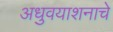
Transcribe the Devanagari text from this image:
अधुवयाशनाचे